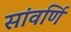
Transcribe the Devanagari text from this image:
सांवर्णि